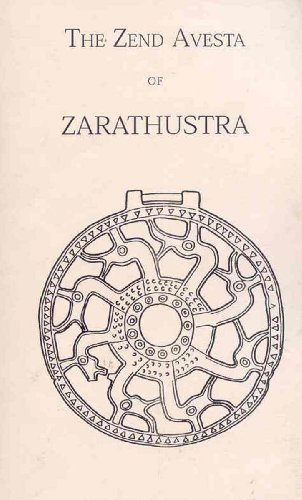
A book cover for The Zend Avesta of Zarathustra; S. F. Rahman; Religion & Spirituality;